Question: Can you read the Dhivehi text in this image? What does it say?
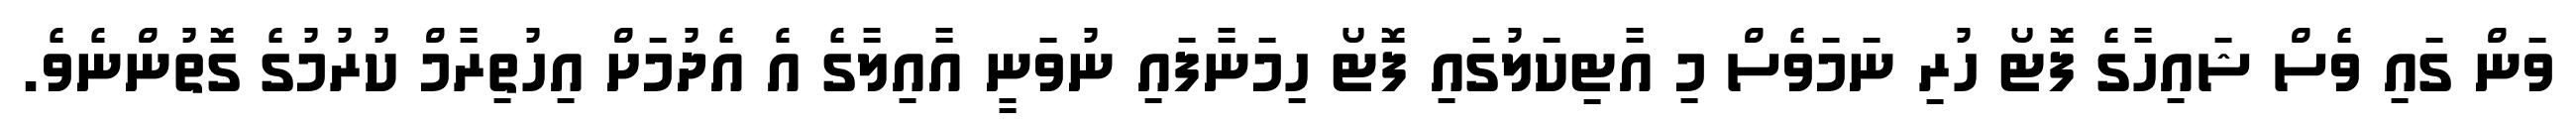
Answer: ވަން ގައި ވެސް ޝައިހާގެ ފޮޓޯ ހުރި ނަމަވެސް މި އާޓިކަލުގައި ފޮޓޯ ހިމަނާފައި ނުވަނީ އާއިލާގެ އެ އެދުމަށް އިހުތިރާމް ކުރުމުގެ ގޮތުންނެވެ.